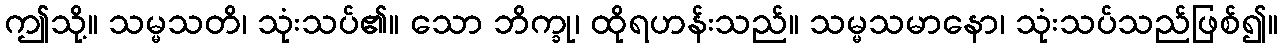
ဤသို့။ သမ္မသတိ၊ သုံးသပ်၏။ သော ဘိက္ခု၊ ထိုရဟန်းသည်။ သမ္မသမာနော၊ သုံးသပ်သည်ဖြစ်၍။